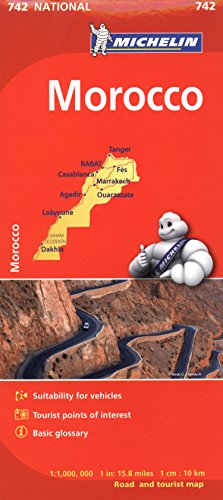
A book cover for Michelin Map Africa Morocco 742 (Maps/Country (Michelin)); Michelin Travel & Lifestyle; Travel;